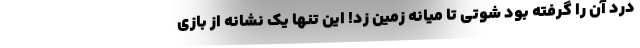
درد آن را گرفته بود شوتی تا میانه زمین زد! این تنها یک نشانه از بازی